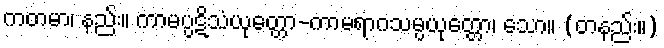
ကတမာ၊ နည်း။ ကာမပ္ပဋိသံယုတ္တော-ကာမရာဂသမ္ပယုတ္တော၊ သော။ (တနည်း။)